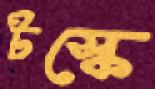
টস্‌কে